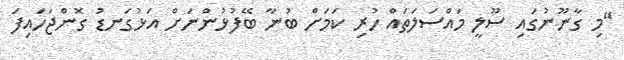
"މި ގާނޫނުގައި ސޫލީ މައްސަލަތައް ހުރި ކަމަށް ބުނާ ބޭފުޅުންނަށް އަޅުގަނޑު ގޮންޖަހައިފަ